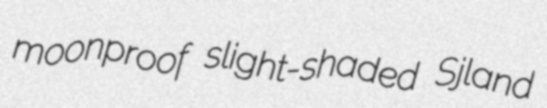
moonproof slight-shaded Sjland